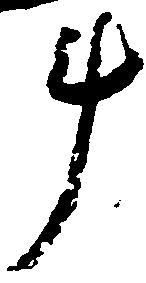
斗